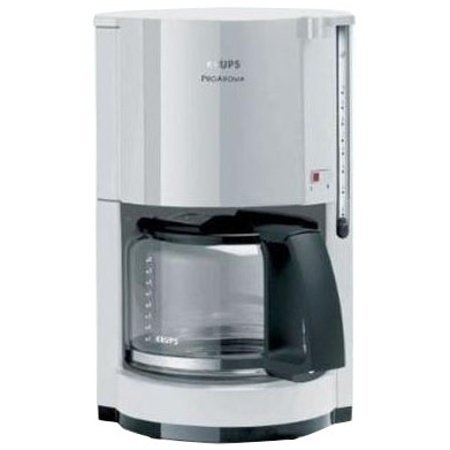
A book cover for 40 Common Errors in Racquetball and How to Correct Them by Shay, Arthur (1978) Paperback; Arthur Shay; Sports & Outdoors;